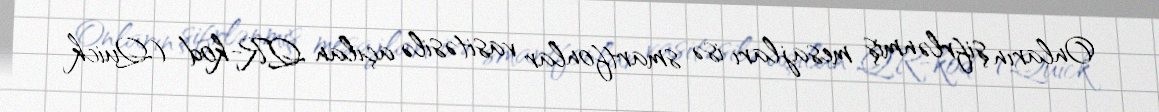
Onların şifrlənmiş mesajları isə smartfonlar vasitəsilə açılan QR-kod (Quick